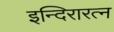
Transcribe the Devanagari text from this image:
इन्दिरारत्न